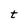
Character: t